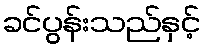
ခင်ပွန်းသည်နှင့်